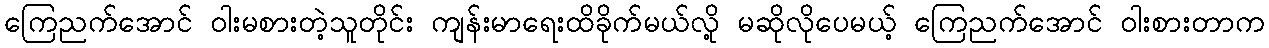
ကြေညက်အောင် ဝါးမစားတဲ့သူတိုင်း ကျန်းမာရေးထိခိုက်မယ်လို့ မဆိုလိုပေမယ့် ကြေညက်အောင် ဝါးစားတာက